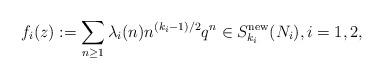
LaTeX: \begin{align*}f_i(z):=\sum_{n\ge1}\lambda_i(n)n^{(k_i-1)/2}q^n \in S_{k_i}^{\mathrm{new}}(N_i),i=1,2,\end{align*}